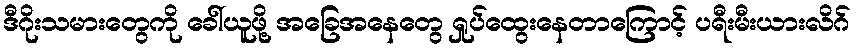
ဒီဂိုးသမားတွေကို ခေါ်ယူဖို့ အခြေအနေတွေ ရှုပ်ထွေးနေတာကြောင့် ပရီးမီးယားလိဂ်